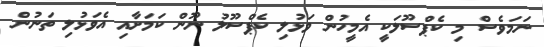
ނަމަވެސް މި ކެޕްސޫލަކީ އެމީހުން ވަޅުލި ކެޕްސޫލު ނޫން ކަމަށާއި އެވަޅުލި ތަނުން